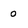
Character: o